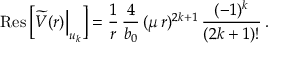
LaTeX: \mathrm { R e s } \, \bigg [ \widetilde V ( r ) \Big | _ { u _ { k } } \bigg ] = { \frac { 1 } { r } } \, { \frac { 4 } { b _ { 0 } } } \, ( \mu \, r ) ^ { 2 k + 1 } \, { \frac { ( - 1 ) ^ { k } } { ( 2 k + 1 ) ! } } \, .